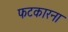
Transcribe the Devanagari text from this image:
फटकारना